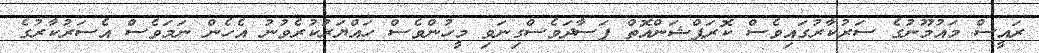
ރައީސް މައުމޫނުގެ ސަރުކާރުގައިވެސް ކޮރަޕްޝަންއޮތް ފަސާދަވެސްގިނަވި މީހުންވެސް ހައްޔަރުކުރެވުނު އެހެން ނަމަވެސް އެސަރުކާރުގެ